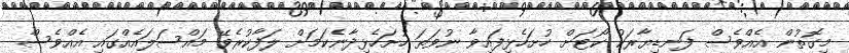
މިގޮތުން އެއްވެސް ފަނޑިޔާރަކު ކޯޓަށް ހުށަހެޅިފައިވާ ނުވަތަ ހުށަހެޅިދާނެކަމަށް ލަފާކުރެވޭ މައްސަލައެއްގައި އެއްވެސް